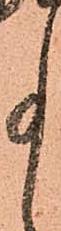
事